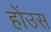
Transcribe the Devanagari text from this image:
होंउस